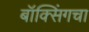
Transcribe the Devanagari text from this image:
बॉक्सिंगचा